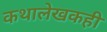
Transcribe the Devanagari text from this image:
कथालेखकही